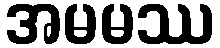
အမမဿ